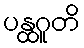
ပန္ထဂူတိ